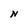
Character: N